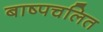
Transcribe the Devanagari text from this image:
बाष्पचलित